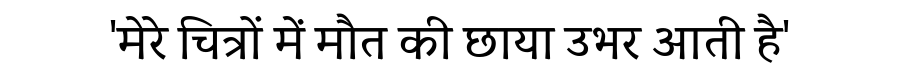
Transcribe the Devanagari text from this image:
'मेरे चित्रों में मौत की छाया उभर आती है'